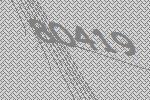
80419